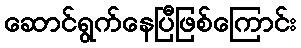
ဆောင်ရွက်နေပြီဖြစ်ကြောင်း